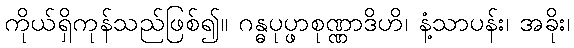
ကိုယ်ရှိကုန်သည်ဖြစ်၍။ ဂန္ဓပုပ္ဖာစုဏ္ဏာဒိဟိ၊ နံ့သာပန်း၊ အခိုး၊